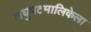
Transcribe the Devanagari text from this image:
लघुपटमालिकेला